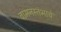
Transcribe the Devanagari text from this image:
वामनस्तंभाचे